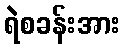
ရဲစခန်းအား